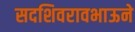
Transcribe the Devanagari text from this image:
सदशिवरावभाऊने